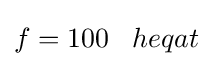
f=100\;\;\;heqat